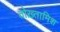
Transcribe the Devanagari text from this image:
तोख़्तामिश